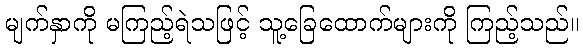
မျက်နှာကို မကြည့်ရဲသဖြင့် သူ့ခြေထောက်များကို ကြည့်သည်။